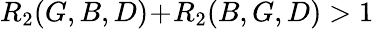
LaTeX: R_{2}(G,B,D)\! +\! R_{2}(B,G,D)>1